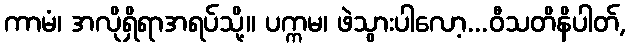
ကာမံ၊ အလိုရှိရာအရပ်သို့။ ပက္ကမ၊ ဖဲသွားပါလော့...ဝီသတိနိပါတ်,